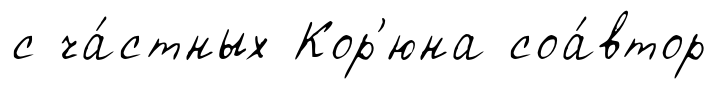
с ча́стных Кор'юна соа́втор